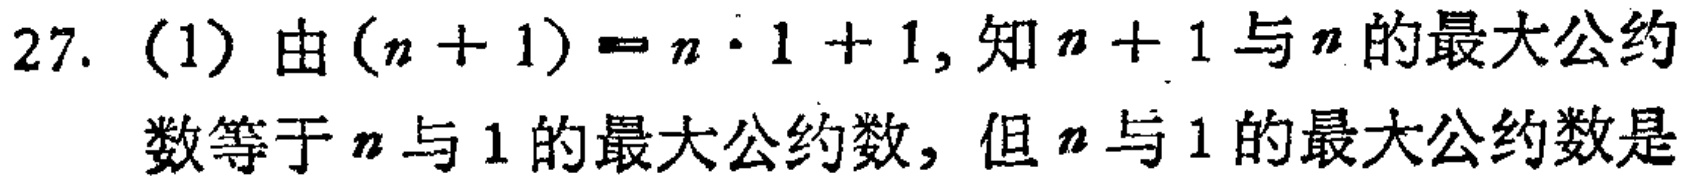
27. (1) 由\((n + 1)=n\cdot1 + 1\)，知\(n + 1\)与\(n\)的最大公约数等于\(n\)与\(1\)的最大公约数，但\(n\)与\(1\)的最大公约数是